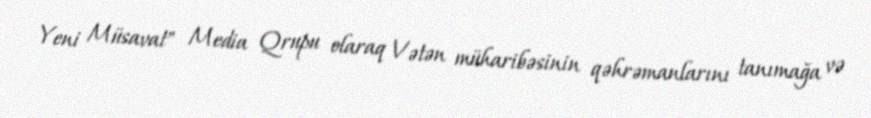
Yeni Müsavat" Media Qrupu olaraq Vətən müharibəsinin qəhrəmanlarını tanımağa və